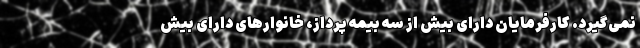
نمی‌گیرد. کارفرمایان دارای بیش از سه بیمه پرداز، خانوارهای دارای بیش